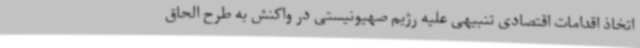
اتخاذ اقدامات اقتصادی تنبیهی علیه رژیم صهیونیستی در واکنش به طرح الحاق